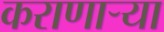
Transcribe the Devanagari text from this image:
कराणाऱ्या